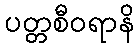
ပတ္တစီဝရာနိ